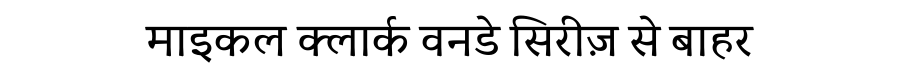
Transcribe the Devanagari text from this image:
माइकल क्लार्क वनडे सिरीज़ से बाहर